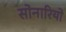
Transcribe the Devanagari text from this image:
सोनारियो